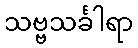
သဗ္ဗသင်္ခါရာ